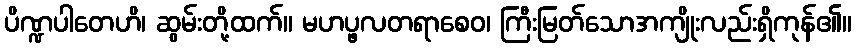
ပိဏ္ဍပါတေဟိ၊ ဆွမ်းတို့ထက်။ မဟပ္ဖလတရာစေဝ၊ ကြီးမြတ်သောအကျိုးလည်းရှိကုန်၏။